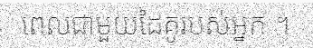
ពេលជាមួយដៃគូរបស់អ្នក ។